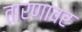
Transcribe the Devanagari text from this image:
तारणावर